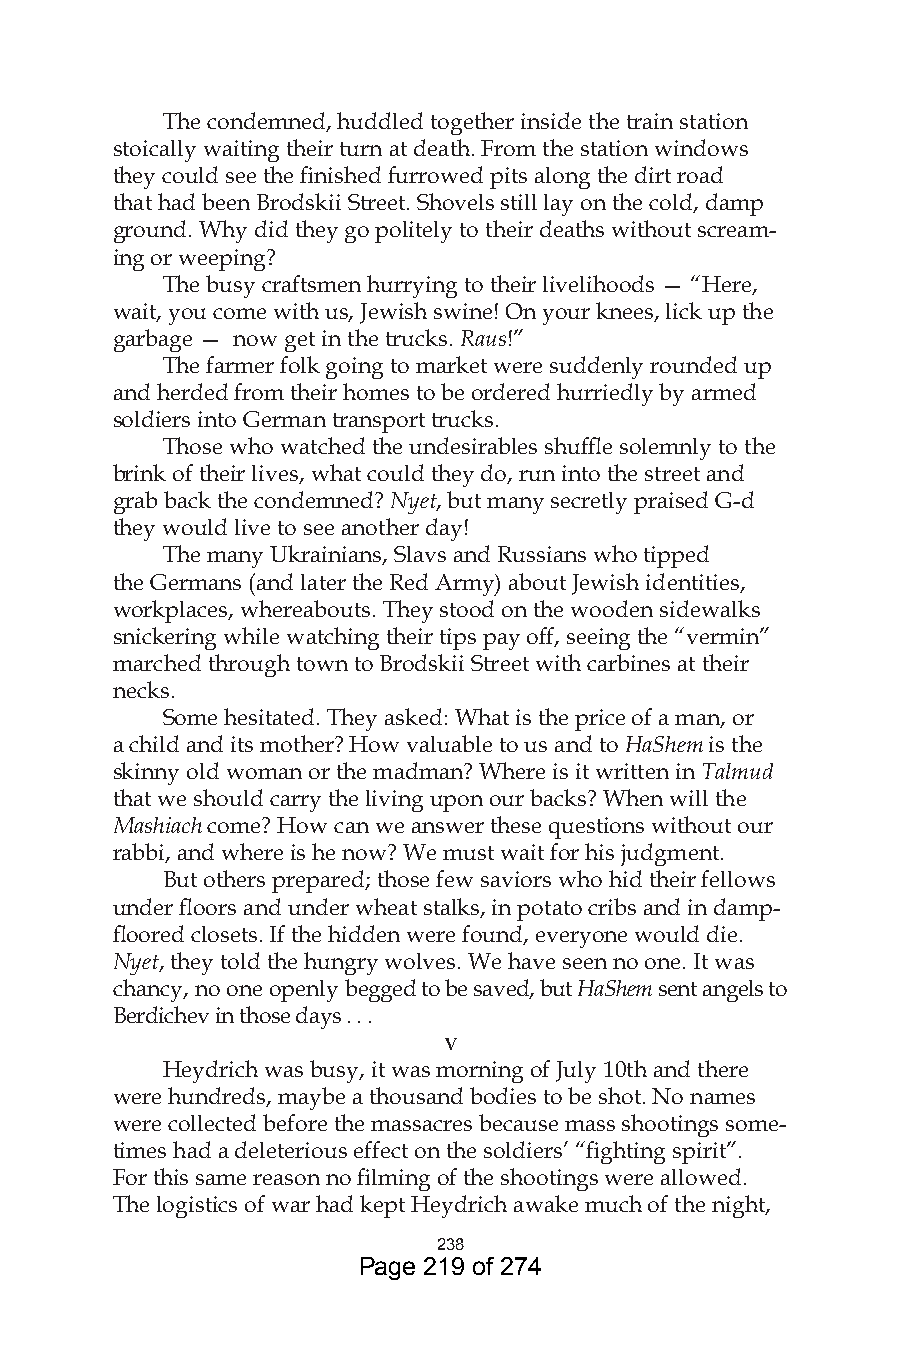
The condemned, huddled together inside the train station
 stoically waiting their turn at death. From the station windows
 they could see the finished furrowed pits along the dirt road
 that had been Brodskii Street. Shovels still lay on the cold, damp
 ground. Why did they go politely to their deaths without scream-
 ing or weeping?
 The busy craftsmen hurrying to their livelihoods — “Here,
 wait, you come with us, Jewish swine! On your knees, lick up the
 garbage — now get in the trucks. Raus!”
 The farmer folk going to market were suddenly rounded up
 and herded from their homes to be ordered hurriedly by armed
 soldiers into German transport trucks.
 Those who watched the undesirables shuffle solemnly to the
 brink of their lives, what could they do, run into the street and
 grab back the condemned? Nyet, but many secretly praised G-d
 they would live to see another day!
 The many Ukrainians, Slavs and Russians who tipped
 the Germans (and later the Red Army) about Jewish identities,
 workplaces, whereabouts. They stood on the wooden sidewalks
 snickering while watching their tips pay off, seeing the “vermin”
 marched through town to Brodskii Street with carbines at their
 necks.
 Some hesitated. They asked: What is the price of a man, or
 a child and its mother? How valuable to us and to HaShem is the
 skinny old woman or the madman? Where is it written in Talmud
 that we should carry the living upon our backs? When will the
 Mashiach come? How can we answer these questions without our
 rabbi, and where is he now? We must wait for his judgment.
 But others prepared; those few saviors who hid their fellows
 under floors and under wheat stalks, in potato cribs and in damp-
 floored closets. If the hidden were found, everyone would die.
 Nyet, they told the hungry wolves. We have seen no one. It was
 chancy, no one openly begged to be saved, but HaShem sent angels to
 Berdichev in those days . . .
 v
 Heydrich was busy, it was morning of July 10th and there
 were hundreds, maybe a thousand bodies to be shot. No names
 were collected before the massacres because mass shootings some-
 times had a deleterious effect on the soldiers’ “fighting spirit”.
 For this same reason no filming of the shootings were allowed.
 The logistics of war had kept Heydrich awake much of the night,
 8
 Page 219 of 274